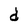
Character: d